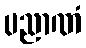
ပညာဏံ